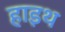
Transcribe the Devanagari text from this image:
हाइथ